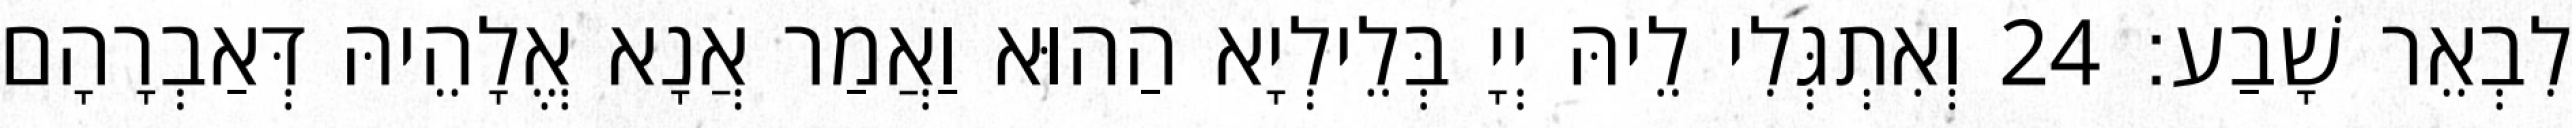
לִבְאֵר שָׁבַע׃ 24 וְאִתְגְּלִי לֵיהּ יְיָ בְּלֵילְיָא הַהוּא וַאֲמַר אֲנָא אֱלָהֵיהּ דְּאַבְרָהָם